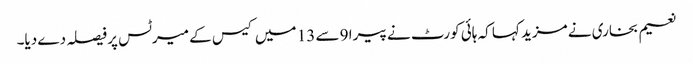
نعیم بخاری نے مزید کہا کہ ہائی کورٹ نے پیرا 9 سے 13 میں کیس کے میرٹس پر فیصلہ دے دیا۔